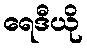
ရေဒီယို